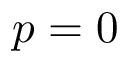
p = 0